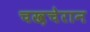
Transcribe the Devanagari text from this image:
चख़चेरान